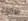
الازياء